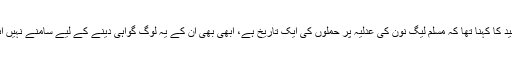
شیخ رشید کا کہنا تھا کہ مسلم لیگ نون کی عدلیہ پر حملوں کی ایک تاریخ ہے، ابھی بھی ان کے یہ لوگ گواہی دینے کے لیے سامنے نہیں آئیں گے۔